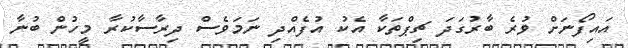
އައިފޯނަށް ވުރެ ބާރުގަދަ ޗިޕްތަކާ އެކު އުފެއްދި ނަމަވެސް ދިރާސާކުރާ މީހުން ބުނާ